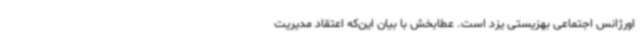
اورژانس اجتماعی بهزیستی یزد است. عطابخش با بیان این‌که اعتقاد مدیریت